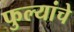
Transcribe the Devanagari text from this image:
फुल्यांचे